Document type: Acquittance
Year: 1296
Scribe: Jaume de Malví
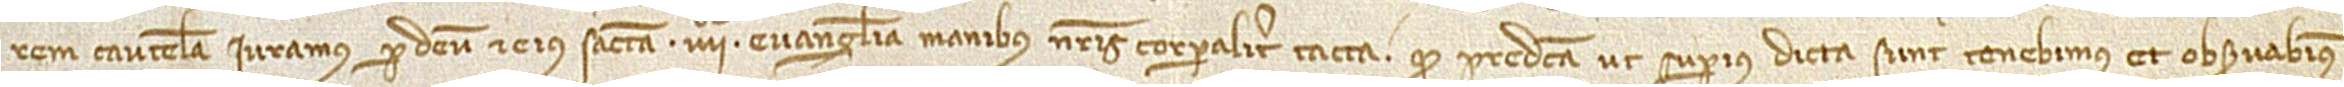
rem cautelam iuramus per Deum et eius sancta IIIIor Evangelia, manibus nostris corporaliter tacta, quod predicta, ut superius dicta sunt, tenebimus et observabimus